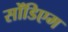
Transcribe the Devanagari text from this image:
सोंडिएम